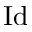
\mathrm { I d }